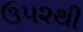
ઉ૫૨થી